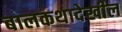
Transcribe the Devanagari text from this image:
बालकथादेखील